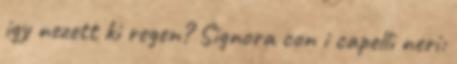
igy nezett ki regen? Signora con i capelli neri: